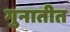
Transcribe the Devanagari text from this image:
गुनातीत